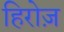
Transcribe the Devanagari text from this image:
हिरोज़